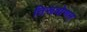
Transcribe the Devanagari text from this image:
तिरूवोणम